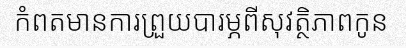
កំពតមានការព្រួយបារម្ភពីសុវត្ថិភាពកូន